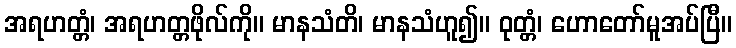
အရဟတ္တံ၊ အရဟတ္တဖိုလ်ကို။ မာနသံတိ၊ မာနသံဟူ၍။ ဝုတ္တံ၊ ဟောတော်မူအပ်ပြီ။